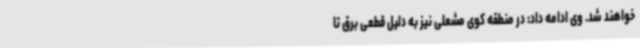
خواهند شد. وی ادامه داد: در منطقه کوی مشعلی نیز به دلیل قطعی برق تا